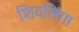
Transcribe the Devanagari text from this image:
शिवलिंगा